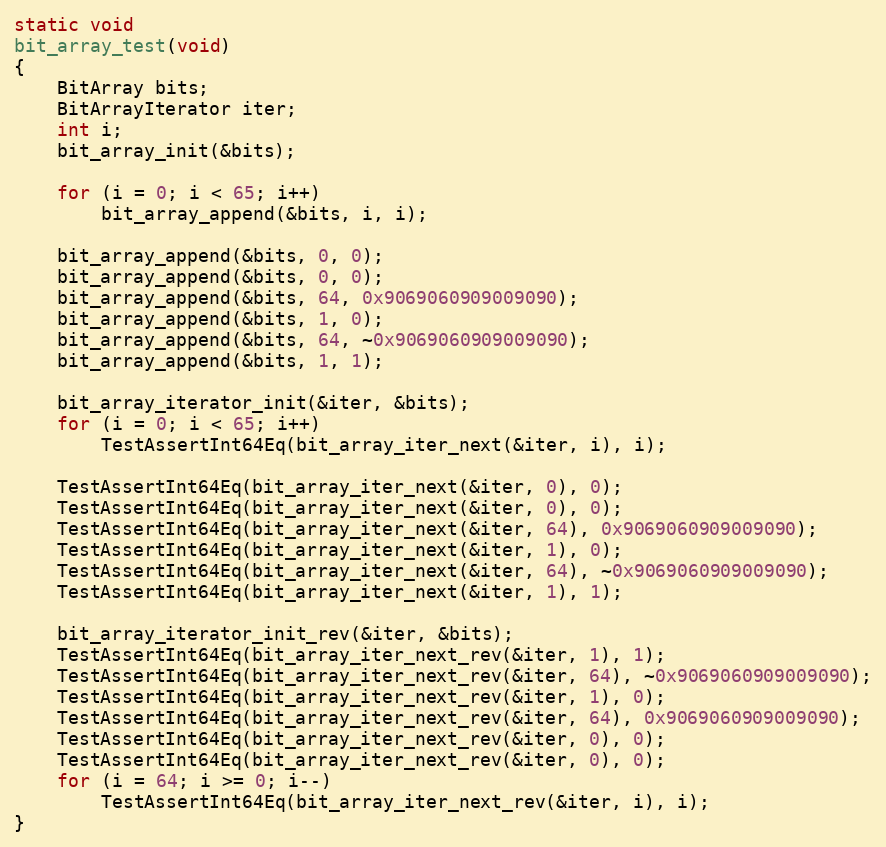
Language: C
static void
bit_array_test(void)
{
	BitArray bits;
	BitArrayIterator iter;
	int i;
	bit_array_init(&bits);

	for (i = 0; i < 65; i++)
		bit_array_append(&bits, i, i);

	bit_array_append(&bits, 0, 0);
	bit_array_append(&bits, 0, 0);
	bit_array_append(&bits, 64, 0x9069060909009090);
	bit_array_append(&bits, 1, 0);
	bit_array_append(&bits, 64, ~0x9069060909009090);
	bit_array_append(&bits, 1, 1);

	bit_array_iterator_init(&iter, &bits);
	for (i = 0; i < 65; i++)
		TestAssertInt64Eq(bit_array_iter_next(&iter, i), i);

	TestAssertInt64Eq(bit_array_iter_next(&iter, 0), 0);
	TestAssertInt64Eq(bit_array_iter_next(&iter, 0), 0);
	TestAssertInt64Eq(bit_array_iter_next(&iter, 64), 0x9069060909009090);
	TestAssertInt64Eq(bit_array_iter_next(&iter, 1), 0);
	TestAssertInt64Eq(bit_array_iter_next(&iter, 64), ~0x9069060909009090);
	TestAssertInt64Eq(bit_array_iter_next(&iter, 1), 1);

	bit_array_iterator_init_rev(&iter, &bits);
	TestAssertInt64Eq(bit_array_iter_next_rev(&iter, 1), 1);
	TestAssertInt64Eq(bit_array_iter_next_rev(&iter, 64), ~0x9069060909009090);
	TestAssertInt64Eq(bit_array_iter_next_rev(&iter, 1), 0);
	TestAssertInt64Eq(bit_array_iter_next_rev(&iter, 64), 0x9069060909009090);
	TestAssertInt64Eq(bit_array_iter_next_rev(&iter, 0), 0);
	TestAssertInt64Eq(bit_array_iter_next_rev(&iter, 0), 0);
	for (i = 64; i >= 0; i--)
		TestAssertInt64Eq(bit_array_iter_next_rev(&iter, i), i);
}